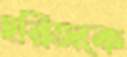
হরিজকে